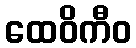
ထေဝိကီဝ